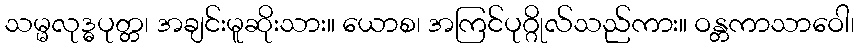
သမ္မလုဒ္ဓပုတ္တ၊ အချင်းမူဆိုးသား။ ယောစ၊ အကြင်ပုဂ္ဂိုလ်သည်ကား။ ဝန္တကာသာဝေါ၊